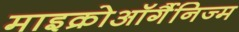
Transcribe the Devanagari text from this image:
माइक्रोऑर्गैनिज्म